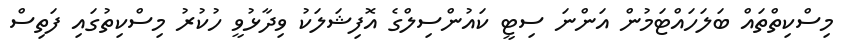
މިސްކިތްތައް ބަލަހައްޓަމުން އަންނަ ސިޓީ ކައުންސިލްގެ އޮފިޝަލަކު ވިދާޅުވީ ހުކުރު މިސްކިތުގައި ފަތިސް